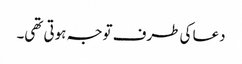
دعا کی طرف توجہ ہوتی تھی۔